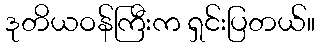
ဒုတိယဝန်ကြီးက ရှင်းပြတယ်။